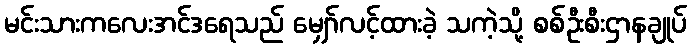
မင်းသားကလေးအင်ဒရေသည် မျှော်လင့်ထားခဲ့ သကဲ့သို့ စစ်ဦးစီးဌာနချုပ်